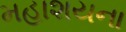
મહાશયના